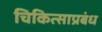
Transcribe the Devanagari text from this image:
चिकित्साप्रबंध